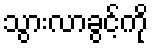
သွားလာခွင့်ကို